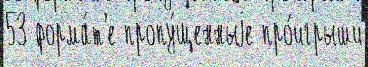
53 форма́т'е пропу́щенныjе про́игрыши